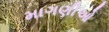
માગણીઓ